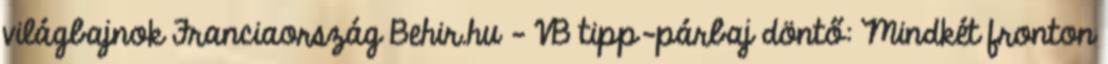
világbajnok Franciaország Behir.hu – VB tipp-párbaj döntő: Mindkét fronton